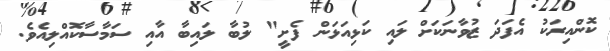
ކޮންއިރަކު އެފަދަ ޒުވާނަކަށް ލައި ކަޅިއަޅަން ފެށީ" ލުބާ ލައިބާ އާއި ސަމާސާކޮއްލިއެވެ.